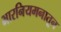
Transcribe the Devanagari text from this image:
भारनियमनातून